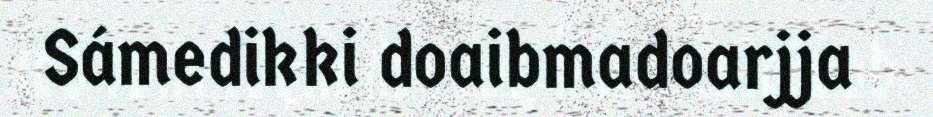
Sámedikki doaibmadoarjja